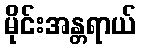
မိုင်းအန္တရာယ်